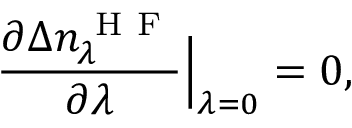
\frac { \partial \Delta n _ { \lambda } ^ { \mathrm { ~ H ~ F ~ } } } { \partial \lambda } \Big | _ { \lambda = 0 } = 0 ,